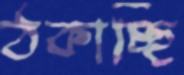
ঠকাচ্ছি